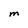
Character: M